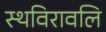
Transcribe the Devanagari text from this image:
स्थविरावलि